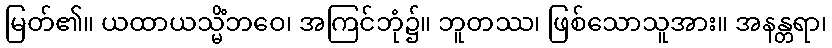
မြတ်၏။ ယထာယသ္မိံဘဝေ၊ အကြင်ဘုံ၌။ ဘူတဿ၊ ဖြစ်သောသူအား။ အနန္တရာ၊